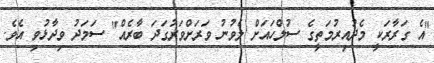
"އެ ގަރާރަކީ މެދުއިރުމަތީގެ ސުލްހައަށް ލެވުނު ވަރަށްވަރުގަދަ ބާރެއް" ސަމަދު ވިދާޅުވި އެވެ.